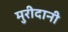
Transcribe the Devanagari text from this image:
मुरीदानी